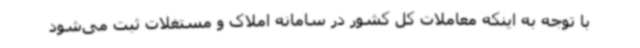
با توجه به اینکه معاملات کل کشور در سامانه املاک و مستغلات ثبت می‌شود